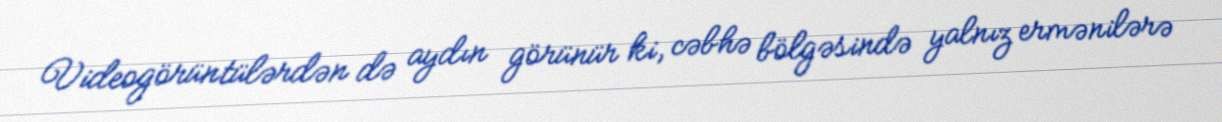
Videogörüntülərdən də aydın görünür ki, cəbhə bölgəsində yalnız ermənilərə